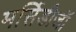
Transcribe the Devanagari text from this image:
मर्सिडीजॉ